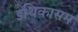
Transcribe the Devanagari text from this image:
इथिकासम